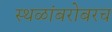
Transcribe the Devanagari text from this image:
स्थळांबरोबरच